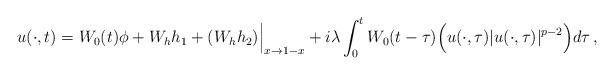
LaTeX: \begin{align*}u( \cdot , t) = W_0 ( t) \phi + W_{h} h_1 +(W_{h} h_2 )\Big |_{x\rightarrow 1-x}+ i \lambda \int^t_0 W_0 ( t-\tau ) \Big ( u (\cdot ,\tau ) | u ( \cdot , \tau ) |^{p-2} \Big ) d \tau \, ,\end{align*}